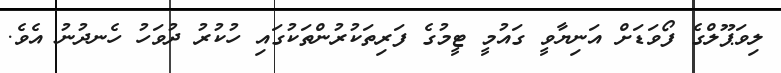
ލިވަޕޫލްގެ ފޯވަޑަށް އަނިޔާވީ ގައުމީ ޓީމުގެ ފަރިތަކުރުންތަކުގައި ހުކުރު ދުވަހު ހެނދުނު އެވެ.